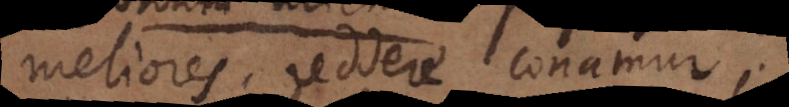
meliores reddere conamur;